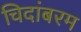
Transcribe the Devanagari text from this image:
चिदांबरम